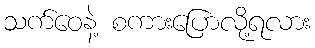
သက်ဝေနဲ့ စကားပြောလို့ရလား